Report of the Municipal Commissioner on the plague in Bombay for the year ending 31st May... - Volume 3
Disease focus: Plague
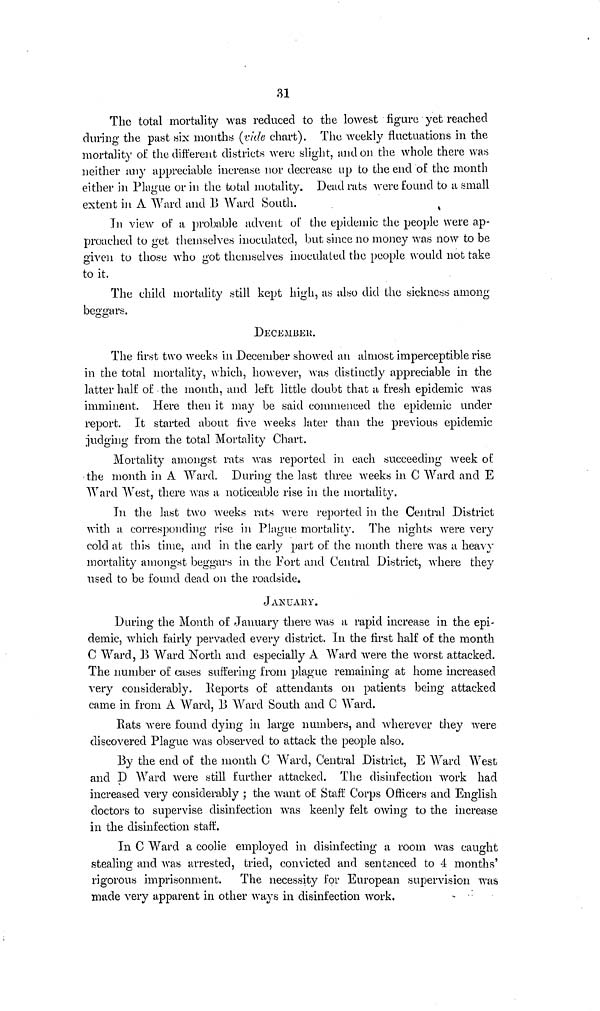
31
Tbc total mortality was reduced to the lowest figure yet reached
during the past six months (vide chart). The weekly fluctuations in the
mortality of the different districts were slight, and on the whole there was
neither any appreciable increase nor decrease up to the end of the month
either in Plague or in the total motality. Dead rats were found to a small
extent in A Ward and B Ward South.
In view of a probable advent of the epidemic the people were ap-
proached to get themselves inoculated, but since no money was now to be
given to those who got themselves inoculated the people would not take
to it.
The child mortality still kept high, as also did the sickness among
beggars.
DECEMBER.
The first two weeks in December showed an almost imperceptible rise
in the total mortality, which, however, was distinctly appreciable in the
latter half of the month, and left little doubt that a fresh epidemic was
imminent. Here then it may be said commenced the epidemic under
report. It started about five weeks later than the previous epidemic
judging from the total Mortality Chart.
Mortality amongst rats was reported in each succeeding week of
the month in A Ward. During the last three weeks in C Ward and E
Ward West, there was a noticeable rise in the mortality.
In the last two weeks rats were reported in the Central District
with a corresponding rise in Plague mortality. The nights were very
cold at this time, and in the early part of the month there was a heavy
mortality amongst beggars in the Fort and Central District, where they
used to be found dead on the roadside.
JANUARY.
During the Month of January there was a rapid increase in the epi-
demic, which fairly pervaded every district. In the first half of the month
C Ward, B Ward North and especially A Ward were the worst attacked.
The number of cases suffering from plague remaining at home increased
very considerably, Reports of attendants on patients being attacked
came in from A Ward, B Ward South and C Ward.
Rats were found dying in large numbers, and wherever they were
discovered Plague was observed to attack the people also.
By the end of the month C Ward, Central District, E Ward West
and D Ward were still further attacked. The disinfection work had
increased very considerably ; the want of Staff Corps Officers and English
doctors to supervise disinfection was keenly felt owing to the increase
in the disinfection staff.
In C Ward a coolie employed in disinfecting a room was caught
stealing and was arrested, tried, convicted and sentenced to -1 months'
rigorous imprisonment.
The necessity for European supervision was
made very apparent in other ways in disinfection work.